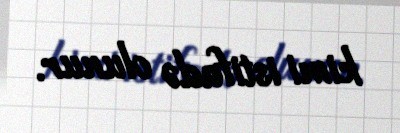
kimi istifadə olunur.